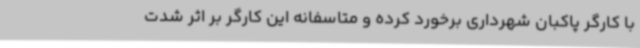
با کارگر پاکبان شهرداری برخورد کرده و متاسفانه این کارگر بر اثر شدت